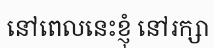
នៅពេលនេះខ្ញុំ នៅរក្សា